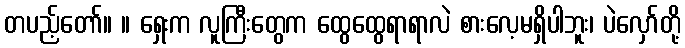
တပည့်တော်။ ။ ရှေးက လူကြီးတွေက ထွေထွေရာရာလဲ စားလေ့မရှိပါဘူး၊ ပဲလှော်တို့